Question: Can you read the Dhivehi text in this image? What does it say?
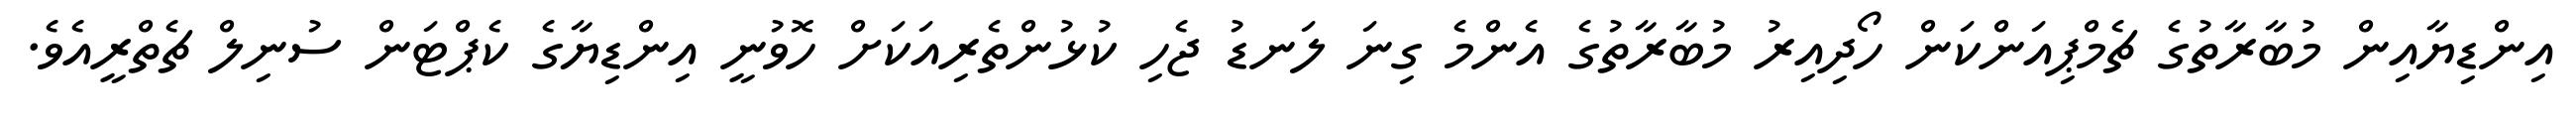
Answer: އިންޑިޔާއިން މުބާރާތުގެ ޗެމްޕިއަންކަން ހޯދިއިރު މުބާރާތުގެ އެންމެ ގިނަ ލަނޑު ޖެހި ކުޅުންތެރިއަކަށް ހޮވުނީ އިންޑިޔާގެ ކެޕްޓަން ސުނިލް ޗެތްރީއެވެ.